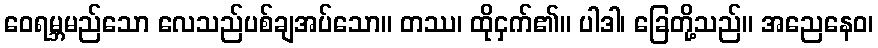
ဝေရမ္ဘမည်သော လေသည်ပစ်ချအပ်သော။ တဿ၊ ထိုငှက်၏။ ပါဒါ၊ ခြေတို့သည်။ အညေနေဝ၊